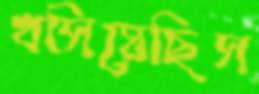
খসিয়েছিস